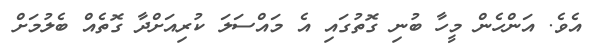
އެވެ. އަންހެން މީހާ ބުނި ގޮތުގައި އެ މައްސަލަ ކުރިއަށްދާ ގޮތެއް ބެލުމަށް